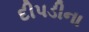
દીપડીના